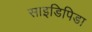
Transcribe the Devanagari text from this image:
साइडिपिडा